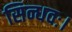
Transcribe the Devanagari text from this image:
सिन्धवः।